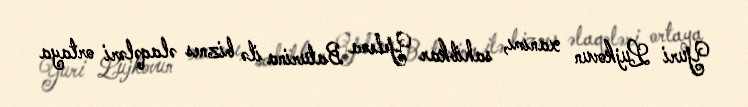
Yuri Lujkovun xanımı, sahibkar Yelena Baturina ilə biznes əlaqələri ortaya